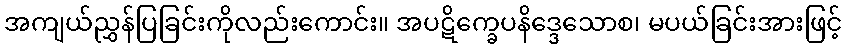
အကျယ်ညွှန်ပြခြင်းကိုလည်းကောင်း။ အပဋိက္ခေပနိဒ္ဒေသောစ၊ မပယ်ခြင်းအားဖြင့်